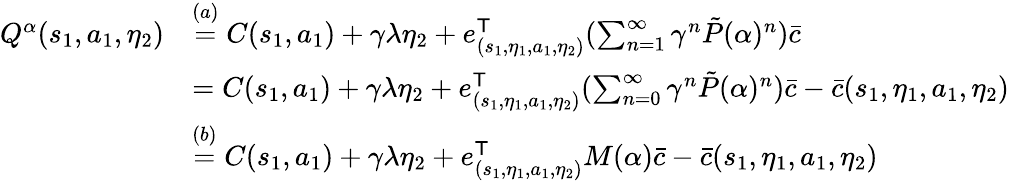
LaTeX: \begin{array}{rl}{Q^{\alpha}(s_{1},a_{1},\eta_{2})}&{\overset{(a)}{=}C(s_{1},a_{1})+\gamma\lambda\eta_{2}+e_{(s_{1},\eta_{1},a_{1},\eta_{2})}^{\mathsf T}(\sum_{n=1}^{\infty}\gamma^{n}\tilde{P}(\alpha)^{n})\bar{c}}\\ &{=C(s_{1},a_{1})+\gamma\lambda\eta_{2}+e_{(s_{1},\eta_{1},a_{1},\eta_{2})}^{\mathsf T}(\sum_{n=0}^{\infty}\gamma^{n}\tilde{P}(\alpha)^{n})\bar{c}-\bar{c}(s_{1},\eta_{1},a_{1},\eta_{2})}\\ &{\overset{(b)}{=}C(s_{1},a_{1})+\gamma\lambda\eta_{2}+e_{(s_{1},\eta_{1},a_{1},\eta_{2})}^{\mathsf T}M(\alpha)\bar{c}-\bar{c}(s_{1},\eta_{1},a_{1},\eta_{2})}\end{array}